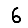
Digit: 6